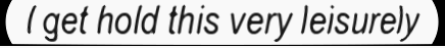
I get hold this very leisurely